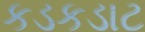
કડકડાટ